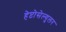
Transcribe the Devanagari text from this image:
हेप्टोसेल्युलर